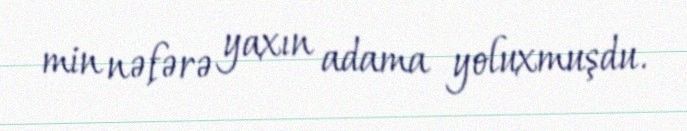
min nəfərə yaxın adama yoluxmuşdu.